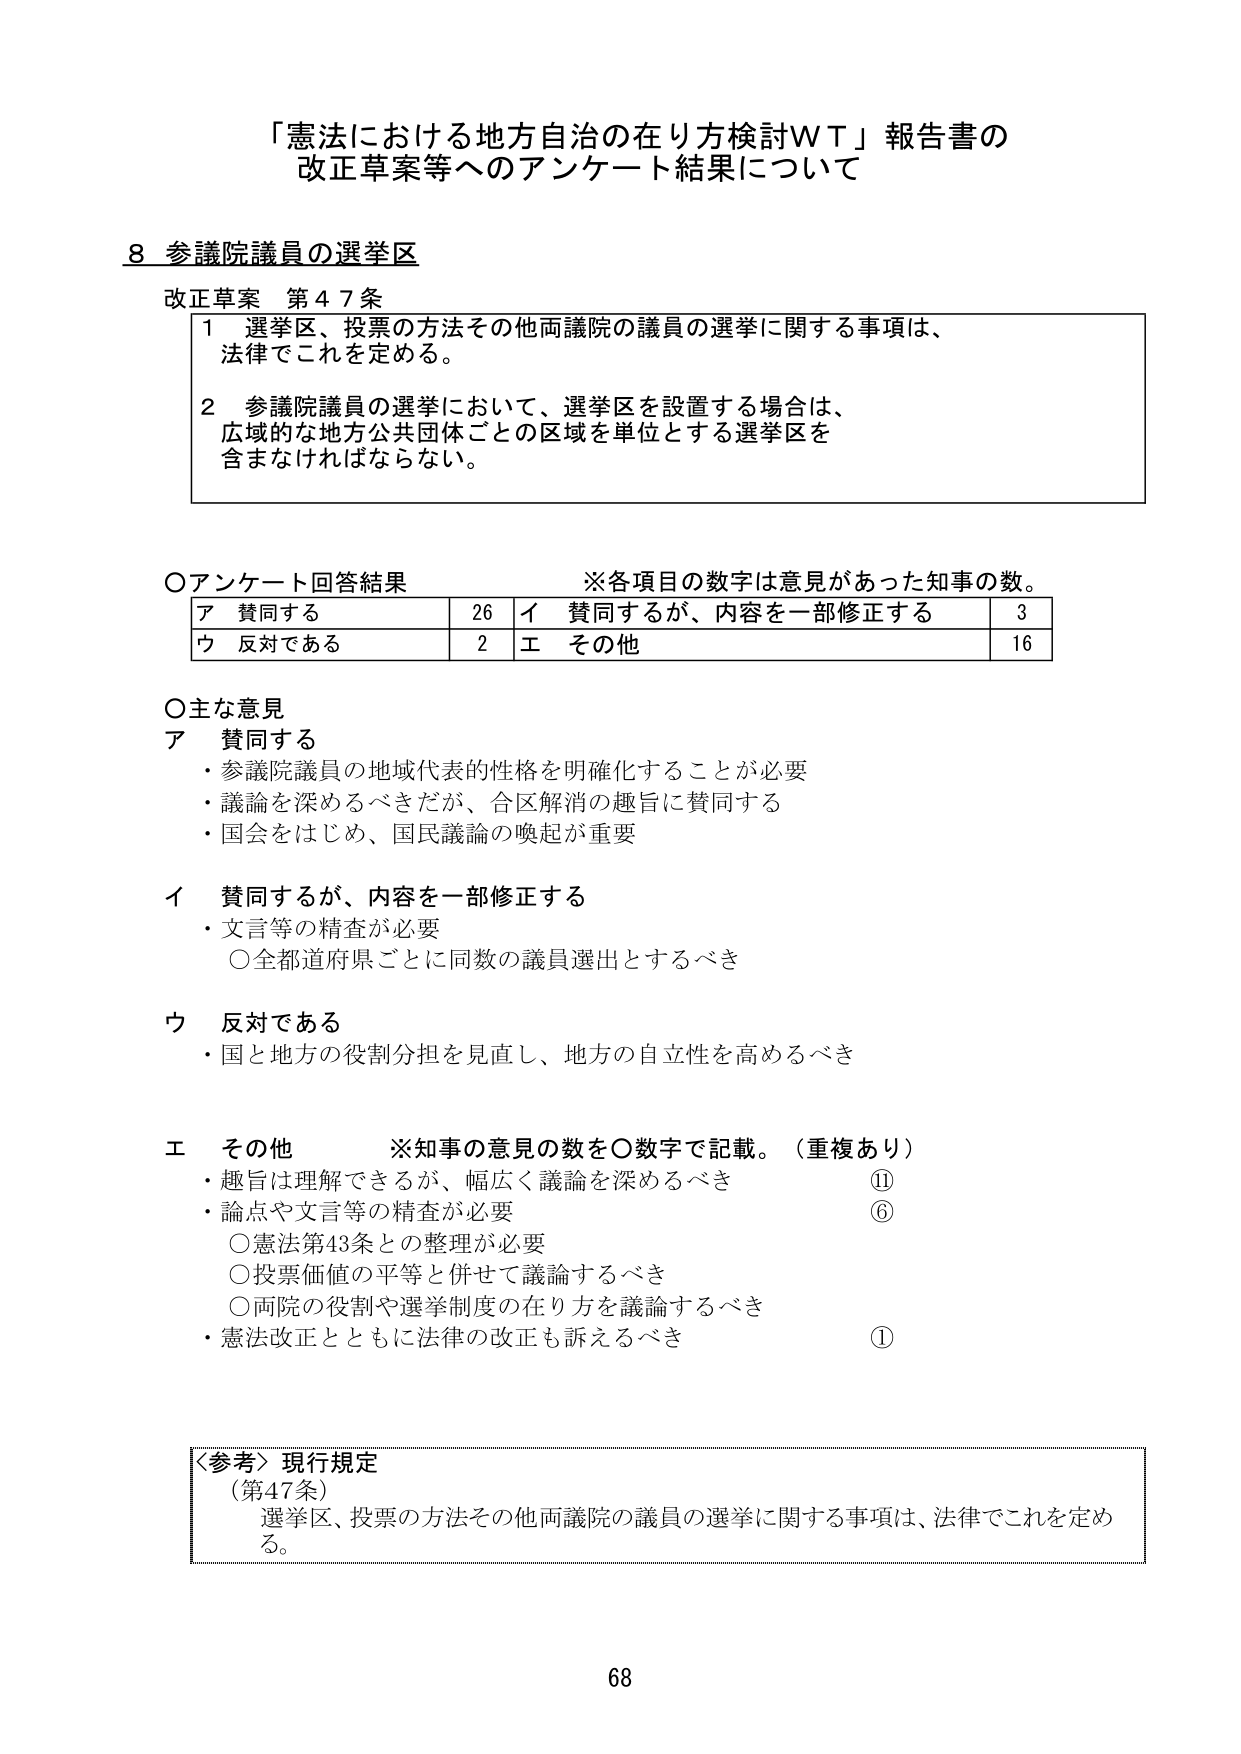
「憲法における地方自治の在り方検討ＷＴ」報告書の
改正草案等へのアンケート結果について

8 参議院議員の選挙区

改正草案 第47条
1 選挙区、投票の方法その他両議院の議員の選挙に関する事項は、
　法律でこれを定める。
2 参議院議員の選挙において、選挙区を設置する場合は、
　広域的な地方公共団体ごとの区域を単位とする選挙区を
　含まなければならない。

○アンケート回答結果　　※各項目の数字は意見があった知事の数。
ア 賛同する　　　　　　　26　イ 賛同するが、内容を一部修正する　　　3
ウ 反対である　　　　　　　2　エ その他　　　　　　　　　　　　　　　16

○主な意見
ア 賛同する
・参議院議員の地域代表的性格を明確化することが必要
・議論を深めるべきだが、合区解消の趣旨に賛同する
・国会をはじめ、国民議論の喚起が重要

イ 賛同するが、内容を一部修正する
・文言等の精査が必要
　○全都道府県ごとに同数の議員選出とするべき

ウ 反対である
・国と地方の役割分担を見直し、地方の自立性を高めるべき

エ その他　　※知事の意見の数を○数字で記載。（重複あり）
・趣旨は理解できるが、幅広く議論を深めるべき　　　　　　　⑪
・論点や文言等の精査が必要　　　　　　　　　　　　　　　　⑥
　○憲法第43条との整理が必要
　○投票価値の平等と併せて議論するべき
　○両院の役割や選挙制度の在り方を議論するべき
・憲法改正とともに法律の改正も訴えるべき　　　　　　　　①

〈参考〉現行規定
（第47条）
選挙区、投票の方法その他両議院の議員の選挙に関する事項は、法律でこれを定める。

68